Medical and sanitary report of the native army of Bengal for the year
Year: 1875
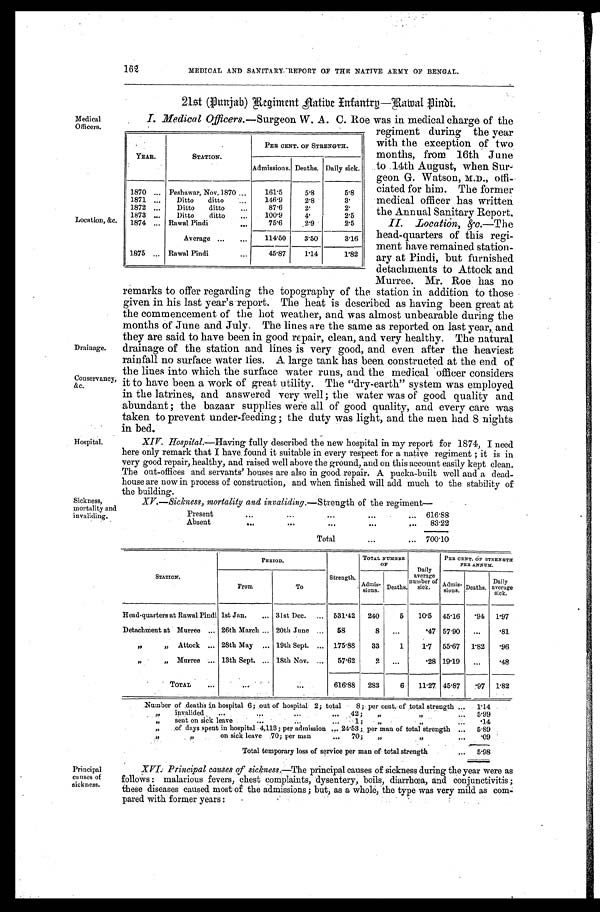
Drainage.
Conservancy,
&c.
XV.—Sickness, mortality and invaliding.—Strength of the regiment
Present
... ... ... ... ...
616.88
Absent
... ... ... ... ...
83.22
Tot al
... ...
700.10
Sickness,
mortality and
invaliding.
162
MEDICAL AND SANITARY:REPORT OF THE NATIVE ARMY OF BENGAL.
21st (Punjab) Regiment Native Infantry—Rawal Pindii
Medical
Officers.
I. Medical Offi cers.—Surgeon W. A. C. Roe was in medical charge of the
Location, &c
YEAR.
STATION.
PER CENT. OF STRENGTH.
Admissions. Deaths. Daily sick.
1870 ... Peshawar, Nov. 1870
...
161.5
5.8
5.'8
1871
...
Ditto
ditto
...
146.9
2.8
3.
1872
...
Ditto
ditto
...
87.6
2.
2.
1873
...
Ditto
ditto
...
100.9
4.
2.5
1874
...
Rawal Pind
...
75.6
2.9
2.5
Average ...
...
114.50
3.50
3.16
1875 ... Rawal Pindi
45.87
1.4
1 . 8 2
regiment during the year
with the exception of two
months, from 16th June
to 14th August, when Sur-
geon G. Watson, M.D., offi-
ciated for him. The former
medical officer has written
the Annual Sanitary Report.
H. .Location, &c.—T h e
head-quarters of this regi-
ment have remained station-
ary at Pindi, but furnished
detachments to Attock and
Murree. Mr. Roe has no
Hospital.
remarks to offer regarding the topography of the station in addition to those
given in his last year's report. The heat is described as having been great at
the commencement of the hot weather, and was almost unbearable during the
months of June and July. The lines are the same as reported on last year, and
they are said to have been in good repair, clean, and very healthy. The natural
drainage of the station and lines is very good, and even after the heaviest
rainfall no surface water lies. A large tank has been constructed at the end of
the lines into which the surface water runs, and the medical officer considers
it to have been a work of great utility. The "dry-earth" system was employed
in the latrines, and answered very well ; the water was of good quality and
abundant ; the bazaar supplies were all of good quality, and every care was
taken to prevent under-feeding ; the duty was light, and the men had 8 nights
in bed.
XIV. Hospital.— Having fully described the new hospital in my report for 1874, I need
here only remark that I have found it suitable in every respect for a native regiment ; it is in
very good repair, healthy, and raised well above the ground, and on this account easily kept clean.
The out-offices and servants' houses are also in good repair. A pucka-built well and a dead-
house are now in process of construction, and when. finished will add much to the stability of
the building.
STATION.
PERIOD.
S t r e n t h .
TOTAL NUMBER
O F
Daily
average
number of
sick.
PER CENT. OF STRENGTH
PER ANNUM.
From
To
Admis-
s i o n s . Deaths.
Admis-
sions. Deaths.
Daily
average
sick.
Head-quarters at Rawal Pindi 1st Jan.
... 31st Dec.
...
531.42
240
5
10.5 45.16
.94
1.97
Detachment at Murree ... 26th March ... 20th June ...
58
8
...
.47 57.90
...
.81
„
„ Attock ... 28th May ... 19th Sept. ... 175 . 88
33
1
1.7 55.67 1.82
.96
„ „ Murree ... 13th Sept. ... 18th Nov. ...
57.62
2
...
.28 19.19
...
.48
TOTAL
... ... ...
616.88
283
6
11.27 45.87
.97 1.82
Number of deaths in hospital 6 ; out of hospital 2; total
8 ; per cent. of total strength ...
1.14
„
invalided ...
... ...
42 ;
„
...
5.99
„
sent on sick leave... ...
...
1
; „
...
.14
„
of days spent in hospital 4,113; per admission ...24.53 ; per man of total strength ...
5 . 8 9
„ „
on sick leave 70; per man
...
70;
„ „
...
. 0 9
Total temporary loss of service per man of total strength
...
5 . 9 8
Principal
causes of
sickness.
XVI. Principal causes of sickness.—The principal causes of sickness during the year were as
Follows malarious fevers, chest complaints, dysentery, boils, diarrhoea, and conjunctivitis ;
these diseases caused most of the admissions ; but, as a whole, the type was very mild as com-
pared with former years